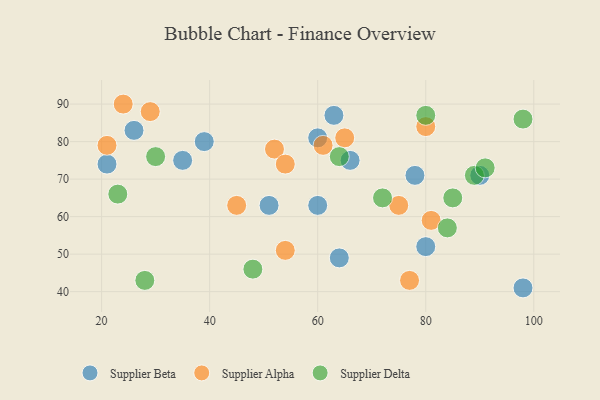
{"axis": {"x": "GDP", "y": "Life Expectancy"}, "legend": ["Supplier Alpha", "Supplier Beta", "Supplier Delta"], "data": [{"x": "78", "y": 71, "type": "Supplier Beta"}, {"x": "26", "y": 83, "type": "Supplier Beta"}, {"x": "80", "y": 52, "type": "Supplier Beta"}, {"x": "51", "y": 63, "type": "Supplier Beta"}, {"x": "66", "y": 75, "type": "Supplier Beta"}, {"x": "64", "y": 49, "type": "Supplier Beta"}, {"x": "90", "y": 71, "type": "Supplier Beta"}, {"x": "39", "y": 80, "type": "Supplier Beta"}, {"x": "60", "y": 63, "type": "Supplier Beta"}, {"x": "63", "y": 87, "type": "Supplier Beta"}, {"x": "60", "y": 81, "type": "Supplier Beta"}, {"x": "98", "y": 41, "type": "Supplier Beta"}, {"x": "35", "y": 75, "type": "Supplier Beta"}, {"x": "21", "y": 74, "type": "Supplier Beta"}, {"x": "77", "y": 43, "type": "Supplier Alpha"}, {"x": "54", "y": 51, "type": "Supplier Alpha"}, {"x": "29", "y": 88, "type": "Supplier Alpha"}, {"x": "52", "y": 78, "type": "Supplier Alpha"}, {"x": "54", "y": 74, "type": "Supplier Alpha"}, {"x": "21", "y": 79, "type": "Supplier Alpha"}, {"x": "45", "y": 63, "type": "Supplier Alpha"}, {"x": "80", "y": 84, "type": "Supplier Alpha"}, {"x": "24", "y": 90, "type": "Supplier Alpha"}, {"x": "75", "y": 63, "type": "Supplier Alpha"}, {"x": "81", "y": 59, "type": "Supplier Alpha"}, {"x": "61", "y": 79, "type": "Supplier Alpha"}, {"x": "65", "y": 81, "type": "Supplier Alpha"}, {"x": "89", "y": 71, "type": "Supplier Delta"}, {"x": "84", "y": 57, "type": "Supplier Delta"}, {"x": "23", "y": 66, "type": "Supplier Delta"}, {"x": "80", "y": 87, "type": "Supplier Delta"}, {"x": "28", "y": 43, "type": "Supplier Delta"}, {"x": "85", "y": 65, "type": "Supplier Delta"}, {"x": "48", "y": 46, "type": "Supplier Delta"}, {"x": "30", "y": 76, "type": "Supplier Delta"}, {"x": "64", "y": 76, "type": "Supplier Delta"}, {"x": "72", "y": 65, "type": "Supplier Delta"}, {"x": "91", "y": 73, "type": "Supplier Delta"}, {"x": "98", "y": 86, "type": "Supplier Delta"}]}